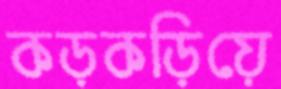
কড়কড়িয়ে